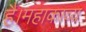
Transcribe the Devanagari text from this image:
है।महाकाव्य